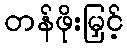
တန်ဖိုးမြှင့်